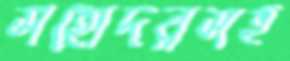
সহোদরসহ